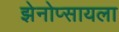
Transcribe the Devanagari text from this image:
झेनोप्सायला